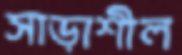
সাড়াশীল